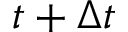
t + \Delta t